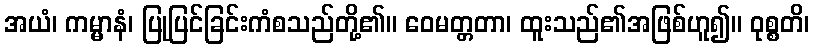
အယံ၊ ကမ္မာနံ၊ ပြုပြင်ခြင်းကံစသည်တို့၏။ ဝေမတ္တတာ၊ ထူးသည်၏အဖြစ်ဟူ၍။ ဝုစ္စတိ၊